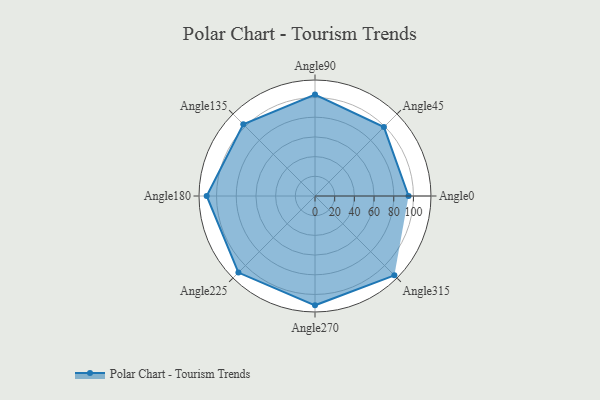
{"axis": {"x": "Angle", "y": "Radius"}, "legend": [""], "data": [{"x": "Angle0", "y": 95.0, "type": ""}, {"x": "Angle45", "y": 99.0, "type": ""}, {"x": "Angle90", "y": 103.0, "type": ""}, {"x": "Angle135", "y": 103.0, "type": ""}, {"x": "Angle180", "y": 110.0, "type": ""}, {"x": "Angle225", "y": 110.0, "type": ""}, {"x": "Angle270", "y": 111.0, "type": ""}, {"x": "Angle315", "y": 114.0, "type": ""}]}